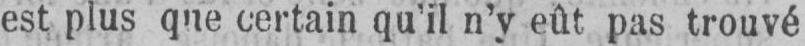
est plus que certain qu’il n’y eût pas trouvé